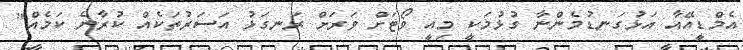
އެމްޑީއޭއާ އަޅުގަނޑުމެންނާ ގުޅުމަކީ މިއީ ވޯޓަށް ވަރަށް ރަނގަޅު އަސަރުތަކެއް ކުރާނެ ކަމެއް"